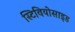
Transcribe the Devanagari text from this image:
स्टिवियोसाइड